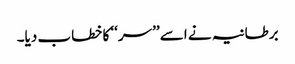
برطانیہ نے اسے ’’سر‘‘ کا خطاب دیا۔